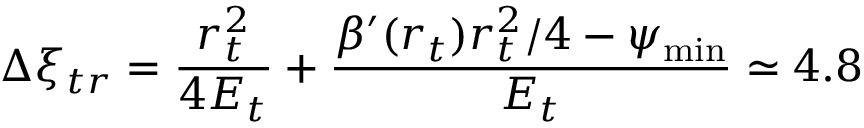
\Delta \xi _ { t r } = \frac { r _ { t } ^ { 2 } } { 4 E _ { t } } + \frac { \beta ^ { \prime } ( r _ { t } ) r _ { t } ^ { 2 } / 4 - \psi _ { \operatorname* { m i n } } } { E _ { t } } \simeq 4 . 8